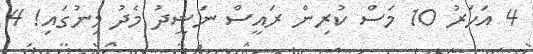
4 އަހަރު 10 މަސް ކުރިން ރައީސް ނަޝީދު މެދު މިނުގައި! 4